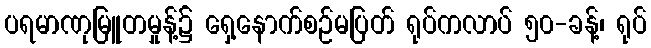
ပရမာဏုမြူတမှုန့်၌ ရှေ့နောက်စဉ်မပြတ် ရုပ်ကလာပ် ၅၀-ခန့်၊ ရုပ်